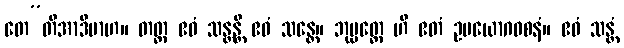
တေ”တိအာဒိမာဟ။ တတ္ထ ဧဝံ သန္တန္တိ ဧဝံ သန္တေ။ ဘုမ္မတ္ထေ ဟိ ဧတံ ဥပယောဂဝစနံ။ ဧဝံ သန္တံ